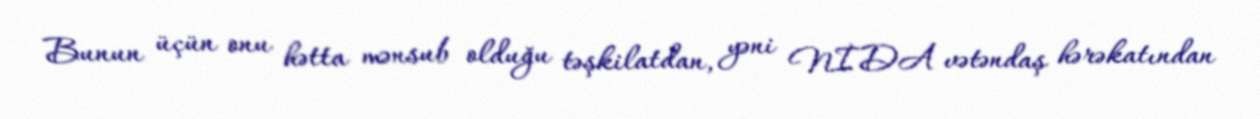
Bunun üçün onu hətta mənsub olduğu təşkilatdan, yəni NİDA vətəndaş hərəkatından